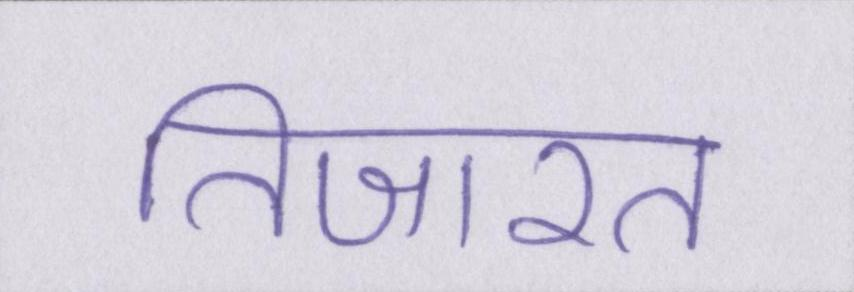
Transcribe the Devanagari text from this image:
तिजारत